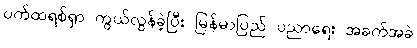
ပက်ထရစ်ရှာ ကွယ်လွန်ခဲ့ပြီး မြန်မာပြည် ပညာရေး အခက်အခဲ